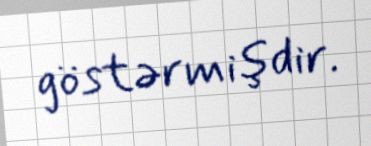
göstərmişdir.